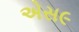
એસ૯